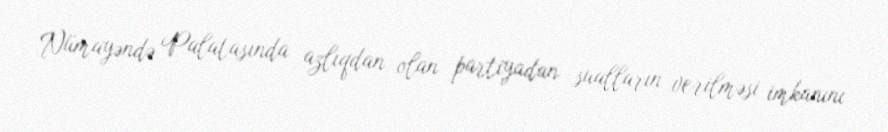
Nümayəndə Palatasında azlıqdan olan partiyadan sualların verilməsi imkanını